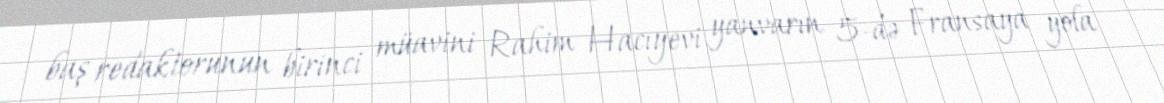
baş redaktorunun birinci müavini Rahim Hacıyevi yanvarın 5-də Fransaya yola